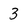
Character: 3